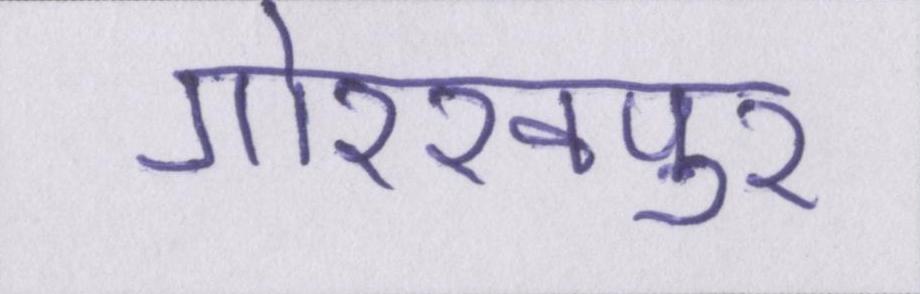
गोरखपुर